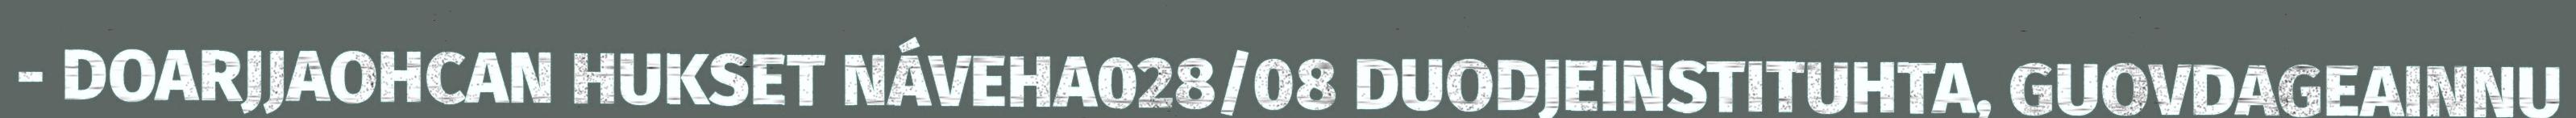
- DOARJJAOHCAN HUKSET NÁVEHA028/08 DUODJEINSTITUHTA, GUOVDAGEAINNU